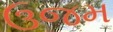
ઉજમ